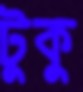
টুকু